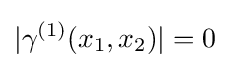
|\gamma ^{(1)}(x_{1},x_{2})|=0